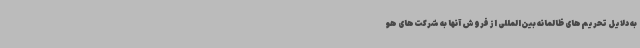
به دلایل تحریم‌های ظالمانه بین‌المللی از فروش آنها به شرکت‌های هو